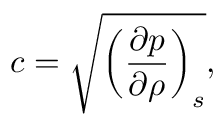
c = { \sqrt { \left( { \frac { \partial p } { \partial \rho } } \right) _ { s } } } ,